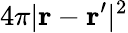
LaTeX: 4\pi|{\mathbf r-\mathbf r^{\prime}}|^{2}